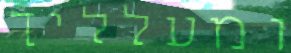
ומעלליך